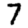
Digit: 7